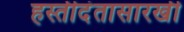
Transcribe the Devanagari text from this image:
हस्तीदंतासारखी